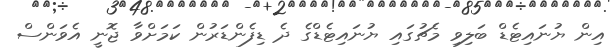
އިން ޔުނައިޓެޑް ބަލިވި މެޗުގައި ޔުނައިޓެޑްގެ ދެ ޑިފެންޑަރުން ކަމަށްވާ ޖޮނީ އެވަންސް